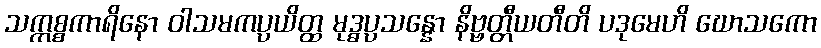
သက္ကစ္စကာရိနော ဝါသမကပ္ပယိတ္ထ မုဒ္ဓပ္ပသန္နော နိဗ္ဗတ္တီယတီတိ ပဒုမေဟိ ဃောသကော